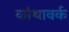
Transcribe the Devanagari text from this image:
कांथावर्क